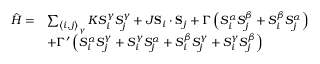
\begin{array} { r l } { \hat { H } = } & { \sum _ { \left\langle i , j \right\rangle _ { \gamma } } K S _ { i } ^ { \gamma } S _ { j } ^ { \gamma } + J \mathbf { S } _ { i } \cdot \mathbf { S } _ { j } + \Gamma \left( S _ { i } ^ { \alpha } S _ { j } ^ { \beta } + S _ { i } ^ { \beta } S _ { j } ^ { \alpha } \right) } \\ & { + \Gamma ^ { \prime } \left( S _ { i } ^ { \alpha } S _ { j } ^ { \gamma } + S _ { i } ^ { \gamma } S _ { j } ^ { \alpha } + S _ { i } ^ { \beta } S _ { j } ^ { \gamma } + S _ { i } ^ { \gamma } S _ { j } ^ { \beta } \right) } \end{array}